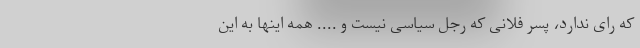
که رای ندارد، پسر فلانی که رجل سیاسی نیست و .... همه اینها به این